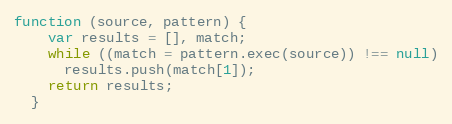
Language: JavaScript
function (source, pattern) {
    var results = [], match;
    while ((match = pattern.exec(source)) !== null)
      results.push(match[1]);
    return results;
  }